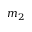
m _ { 2 }